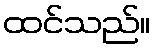
ထင်သည်။